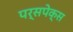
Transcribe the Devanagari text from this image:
पर्सपेक्स